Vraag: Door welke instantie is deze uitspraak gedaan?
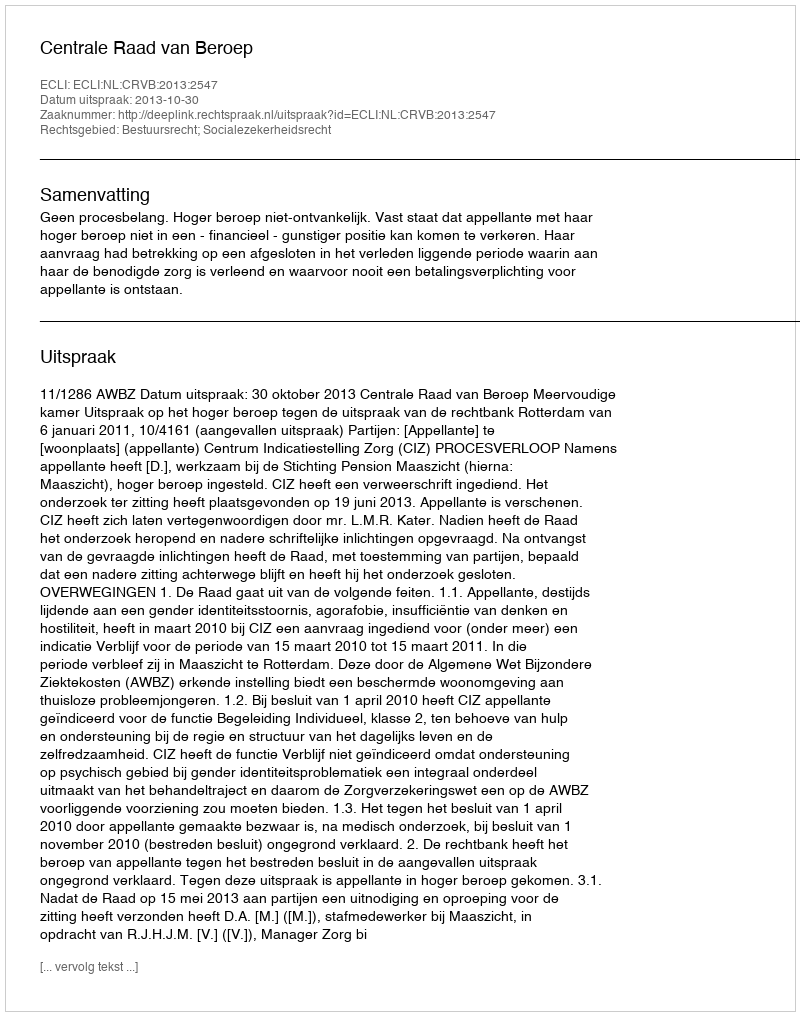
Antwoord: Centrale Raad van Beroep